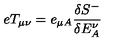
e T _ { \mu \nu } = e _ { \mu A } \frac { \delta { S } ^ { - } } { \delta E _ { A } ^ { \nu } }